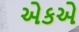
એકએ